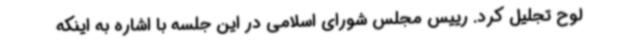
لوح تجلیل کرد. رییس مجلس شورای اسلامی در این جلسه با اشاره به اینکه